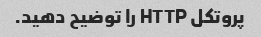
پروتکل HTTP را توضیح دهید.